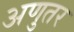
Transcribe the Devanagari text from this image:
अणुतर